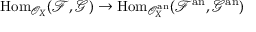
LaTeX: { \mathrm { H o m } } _ { { \mathcal { O } } _ { X } } ( { \mathcal { F } } , { \mathcal { G } } ) \rightarrow { \mathrm { H o m } } _ { { \mathcal { O } } _ { X } ^ { \mathrm { a n } } } ( { \mathcal { F } } ^ { \mathrm { a n } } , { \mathcal { G } } ^ { \mathrm { a n } } )